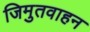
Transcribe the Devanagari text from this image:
जिमुतवाहन